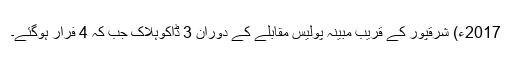
2017ء) شرقپور کے قریب مبینہ پولیس مقابلے کے دوران 3 ڈاکوہلاک جب کہ 4 فرار ہوگئے۔